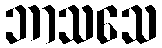
ဘာသသေ